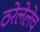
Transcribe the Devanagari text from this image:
ठरेलेलेच